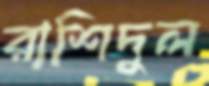
রাশিদুল